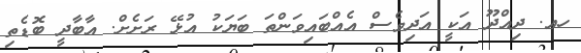
ހއ. ދިއްދޫ އަކީ އަދިވެސް އެއްބައިވަންތަ ބަޔަކު އުޅޭ ރަށެށް. އާބާދީ ބޮޑެތި